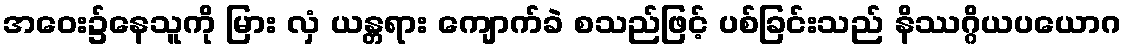
အဝေး၌နေသူကို မြား လှံ ယန္တရား ကျောက်ခဲ စသည်ဖြင့် ပစ်ခြင်းသည် နိဿဂ္ဂိယပယောဂ